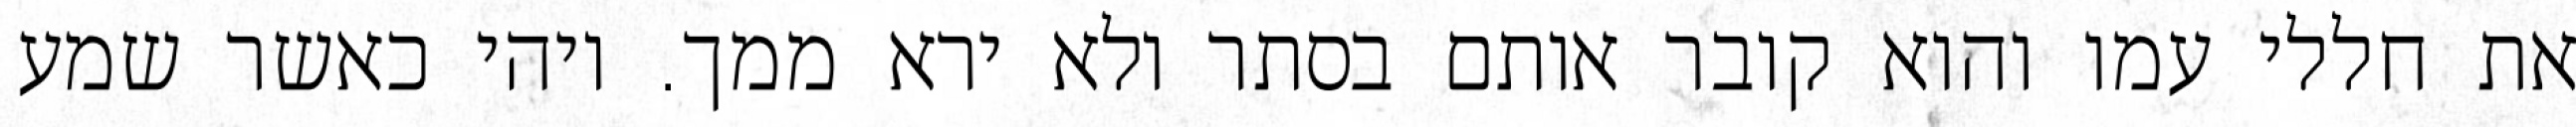
את חללי עמו והוא קובר אותם בסתר ולא ירא ממך. ויהי כאשר שמע